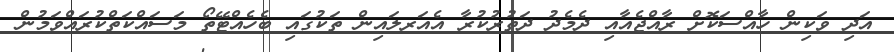
އަދި ވަކިން ހާއްސަކޮށް ރާއްޖެއާއި ދެމެދު ދަތުރުކުރާ އެއަރލައިން ތަކުގައި ބެހެއްޓޭތޯ މަސައްކަތްކުރައްވަމުން